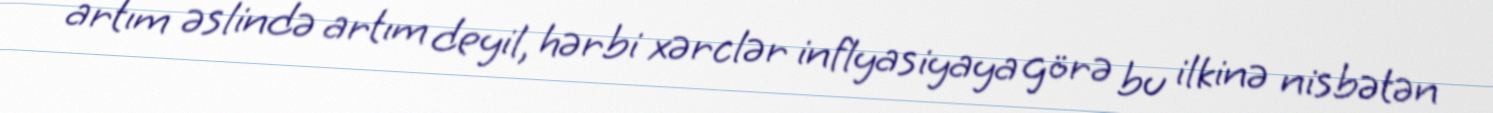
artım əslində artım deyil, hərbi xərclər inflyasiyaya görə bu ilkinə nisbətən